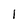
Character: 1